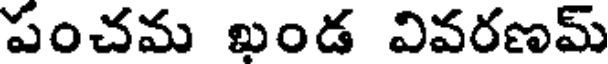
పంచమ ఖండ వివరణమ్